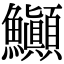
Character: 𬵽